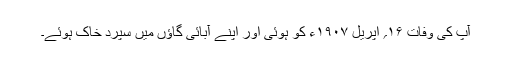
آپ کی وفات ۱۶؍ اپریل ۱۹۰۷ء کو ہوئی اور اپنے آبائی گاؤں میں سپرد خاک ہوئے۔